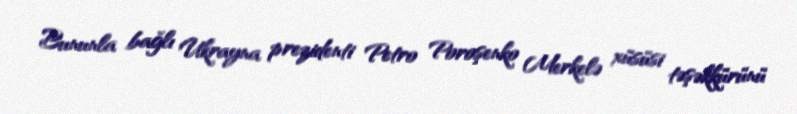
Bununla bağlı Ukrayna prezidenti Petro Poroşenko Merkelə xüsüsi təşəkkürünü